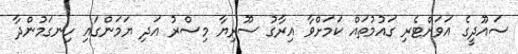
ސައޫދީގެ އަވަށްޓެރި ގައުމުތައް ކަމަށްވާ އިރާގު ސޫރިޔާ މިސްރު އަދި ޔަމަންގައި ހިނގަމުންދާ